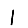
Digit: 1